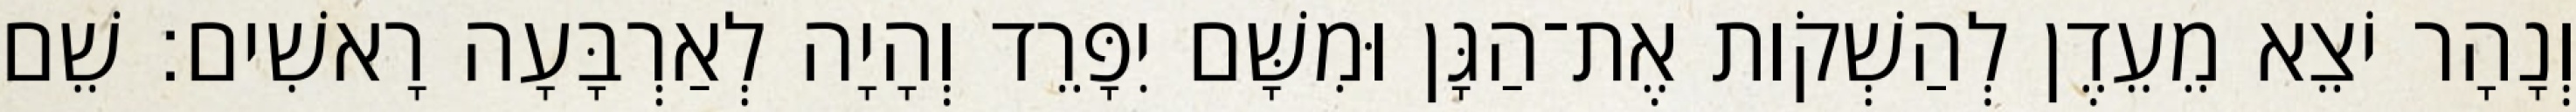
וְנָהָר יֹצֵא מֵעֵדֶן לְהַשְׁקֹות אֶת־הַגָּן וּמִשָּׁם יִפָּרֵד וְהָיָה לְאַרְבָּעָה רָאשִׁים׃ שֵׁם